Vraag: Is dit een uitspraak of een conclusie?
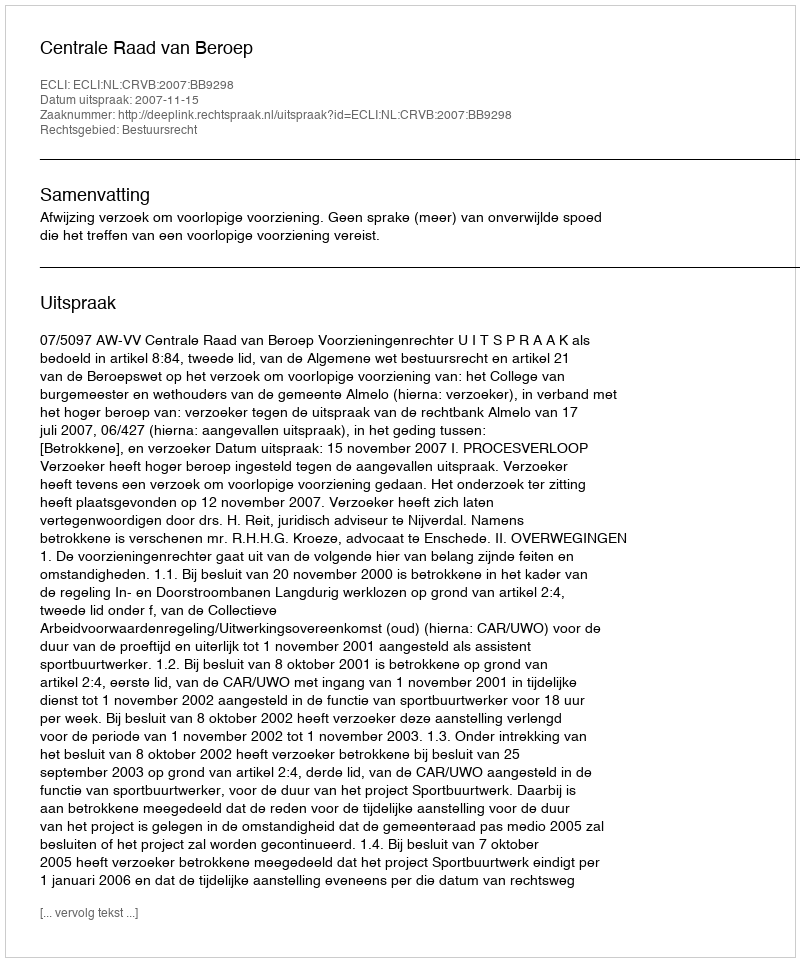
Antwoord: Uitspraak